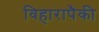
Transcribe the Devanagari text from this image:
विहारापैकी